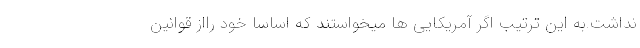
نداشت.به این ترتیب اگر آمریکایی ها میخواستند که اساسا خود رااز قوانین